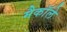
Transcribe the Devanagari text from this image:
मैकाॅले